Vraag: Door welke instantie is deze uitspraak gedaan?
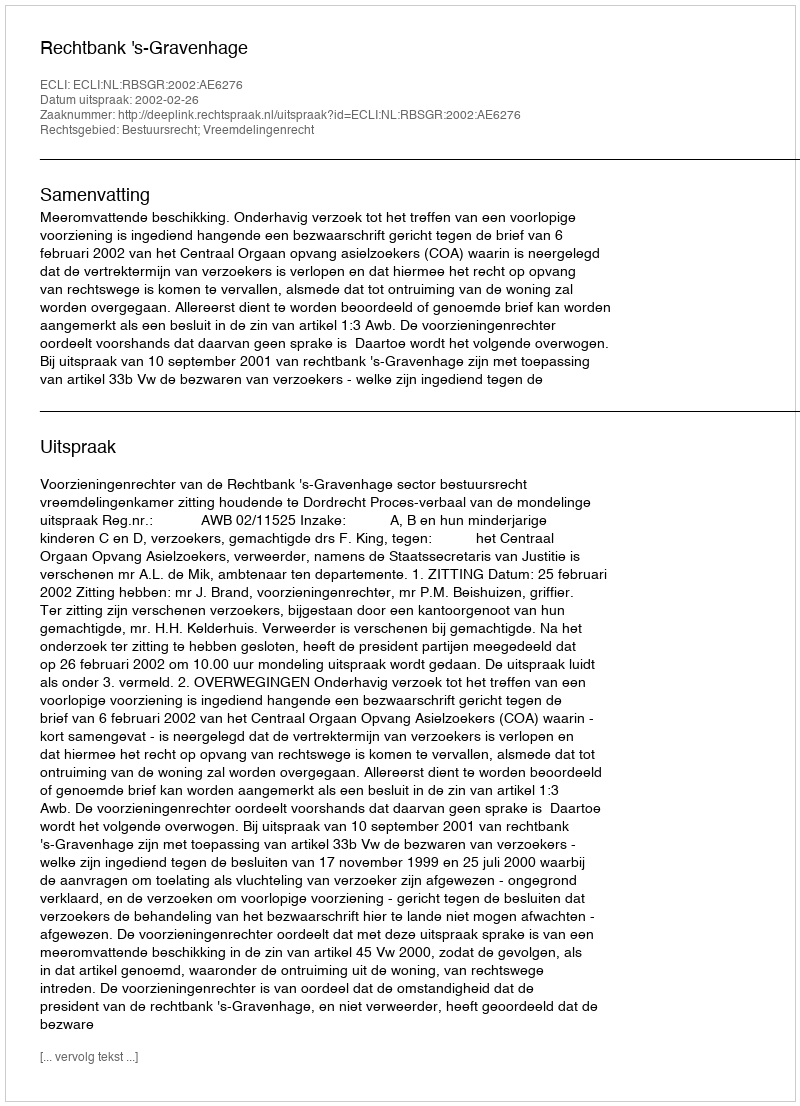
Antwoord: Rechtbank 's-Gravenhage